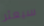
سيعثر